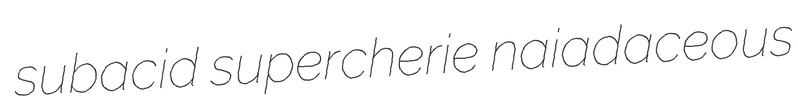
subacid supercherie naiadaceous